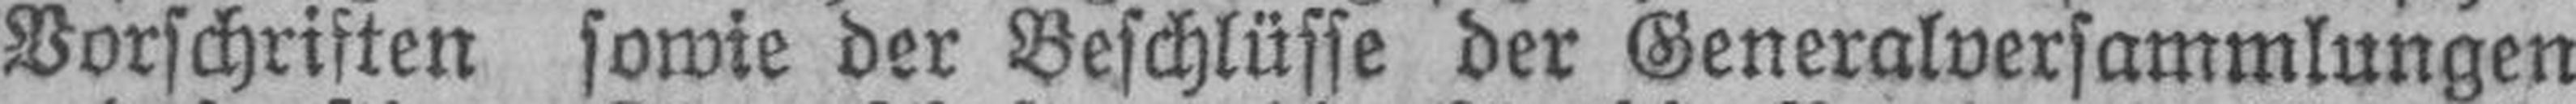
Vorschriften sowie der Beschlüsse der Generalversammlungen